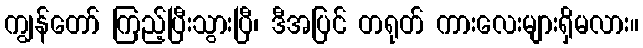
ကျွန်တော် ကြည့်ပြီးသွားပြီ၊ ဒီအပြင် တရုတ် ကားလေးများရှိမလား။